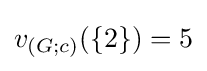
v_{(G;c)}(\{2\})=5